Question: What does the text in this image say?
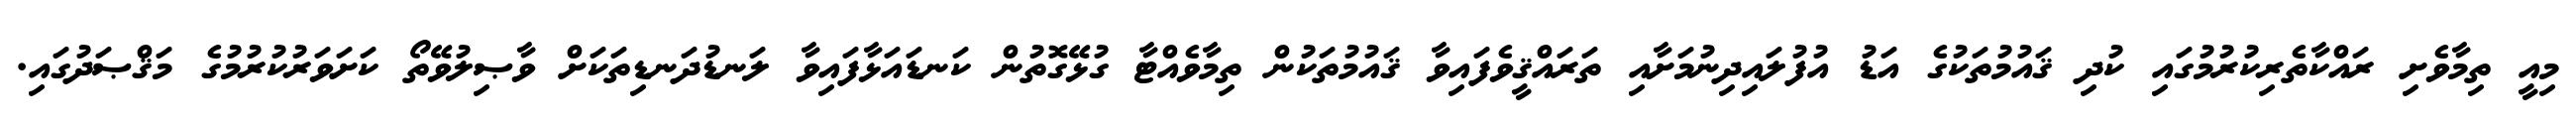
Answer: މިއީ ތިމާވެށި ރައްކާތެރިކުރުމުގައި ކުދި ޤައުމުތަކުގެ އަޑު އުފުލައިދިނުމަށާއި ތަރައްޤީވެފައިވާ ޤައުމުތަކުން ތިމާވެއްޓާ ގުޅޭގޮތުން ކަނޑައަޅާފައިވާ ލަނޑުދަނޑިތަކަށް ވާޞިލުވޭތޯ ކަށަވަރުކުރުމުގެ މަޤްޞަދުގައި.